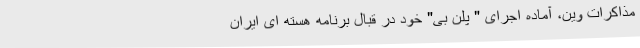
مذاکرات وین، آماده اجرای " پِلَنِ بی" خود در قبال برنامه هسته ای ایران